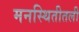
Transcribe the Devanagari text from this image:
मनस्थितीतली